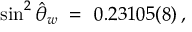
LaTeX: \sin ^ { 2 } \hat { \theta } _ { w } \ = \ 0 . 2 3 1 0 5 ( 8 ) \, ,